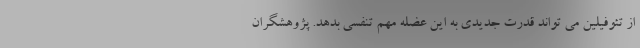
از تئوفیلین می تواند قدرت جدیدی به این عضله مهم تنفسی بدهد. پژوهشگران